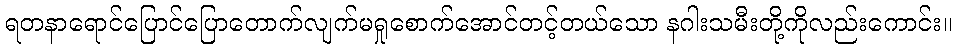
ရတနာရောင်ပြောင်ပြောတောက်လျက်မရှုစောက်အောင်တင့်တယ်သော နဂါးသမီးတို့ကိုလည်းကောင်း။